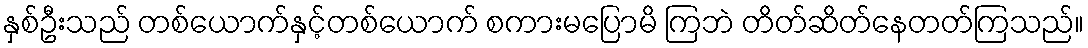
နှစ်ဦးသည် တစ်ယောက်နှင့်တစ်ယောက် စကားမပြောမိ ကြဘဲ တိတ်ဆိတ်နေတတ်ကြသည်။